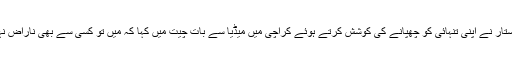
فاروق ستار نے اپنی تنہائی کو چھپانے کی کوشش کرتے ہوئے کراچی میں میڈیا سے بات چیت میں کہا کہ میں تو کسی سے بھی ناراض نہیں ہوں۔